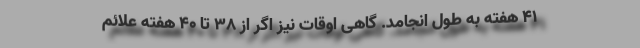
۴۱ هفته به طول ‌انجامد. گاهی اوقات نیز اگر از ۳۸ تا ۴۰ هفته علائم